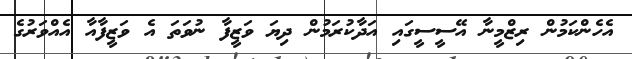
އެހެންކަމުން ރިޒްމީނާ އޭސީސީގައި އަދާކުރަމުން ދިޔަ ވަޒީފާ ނުވަތަ އެ ވަޒީފާއާ އެއްވަރުގެ